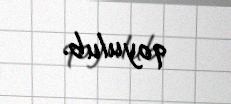
qoyulub.